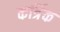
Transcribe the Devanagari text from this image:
कर्त्रिक